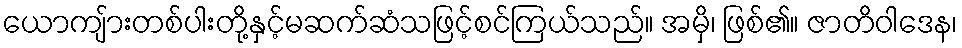
ယောကျ်ားတစ်ပါးတို့နှင့်မဆက်ဆံသဖြင့်စင်ကြယ်သည်။ အမှိ၊ ဖြစ်၏။ ဇာတိဝါဒေန၊